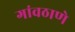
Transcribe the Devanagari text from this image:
गांवठाणे